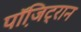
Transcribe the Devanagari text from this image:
पॉजि़ट्रान